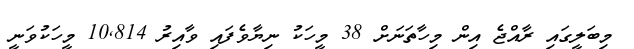
މިބަލީގައި ރާއްޖެ އިން މިހާތަނަށް 38 މީހަކު ނިޔާވެފައި ވާއިރު 10